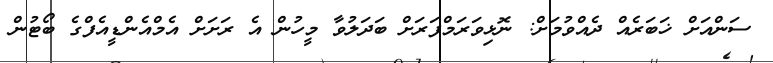
ސަންއަށް ޚަބަރެއް ދެއްވުމަށް: ނޮޅިވަރަމްފަރަށް ބަދަލުވާ މީހުން އެ ރަށަށް އެމްއެންޑީއެފްގެ ބޯޓުން